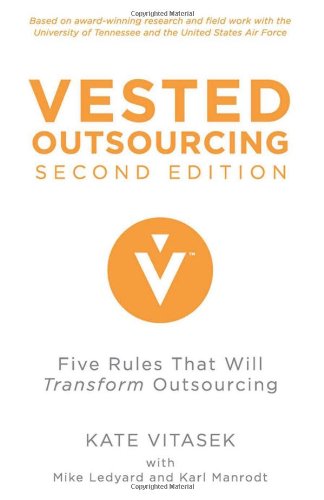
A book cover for Vested Outsourcing, Second Edition: Five Rules That Will Transform Outsourcing; Kate Vitasek; Business & Money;